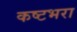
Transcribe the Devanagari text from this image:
कष्टभरा